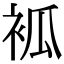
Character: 𧙆